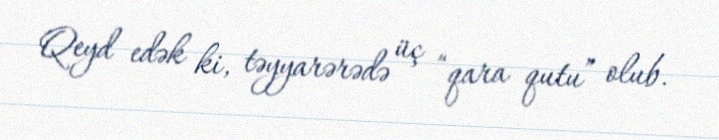
Qeyd edək ki, təyyarərədə üç “qara qutu” olub.